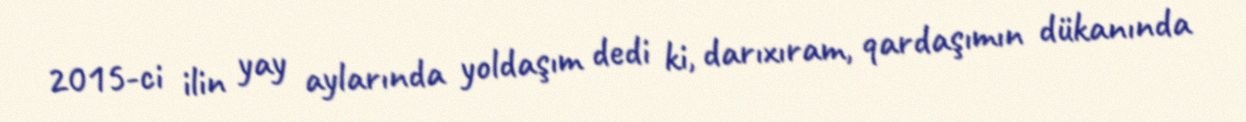
2015-ci ilin yay aylarında yoldaşım dedi ki, darıxıram, qardaşımın dükanında